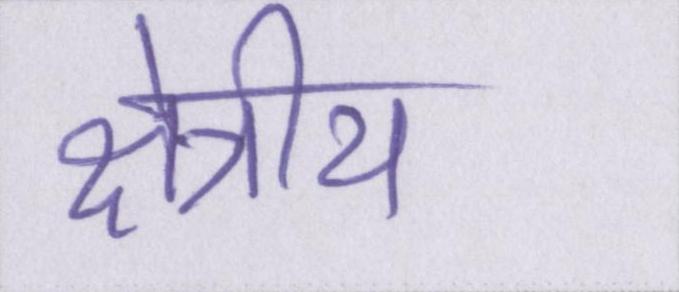
क्षेत्रीय